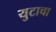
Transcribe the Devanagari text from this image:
युटाचा